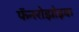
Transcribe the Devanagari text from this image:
फॅनरोझोइक